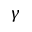
\gamma